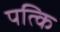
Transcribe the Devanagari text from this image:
पत्कि